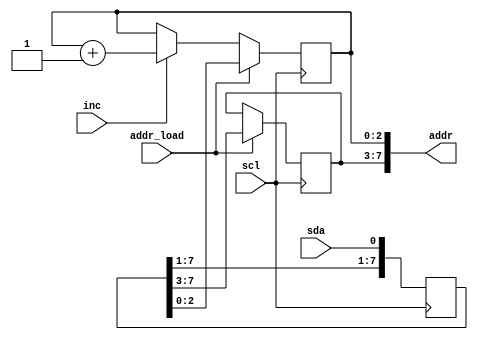
module addr_and_cnt (//address and counter about the data word whitch should be read out or write in
    scl,
	sda,
	addr_load,
    inc,
	addr
);
	input        scl;
	input        sda;
    input        addr_load;
    input        inc;
    output [7:0] addr;
	
    reg  [7:0] shift_reg;
    always @(posedge scl) begin
    	shift_reg <= {shift_reg[7:1], sda};
    end

	reg [4:0] address;
	reg [2:0] cnt;
    always @(posedge scl) begin
		if (addr_load) begin
			address <= shift_reg[7:3];
			cnt     <= shift_reg[2:0];
		end else begin
			if(inc)begin
				cnt <= cnt + 1'b1;
			end
		end
    end
	assign addr = {address, cnt};
endmodule